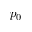
p _ { 0 }